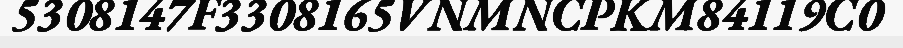
5308147F3308165VNMNCPKM84119C0